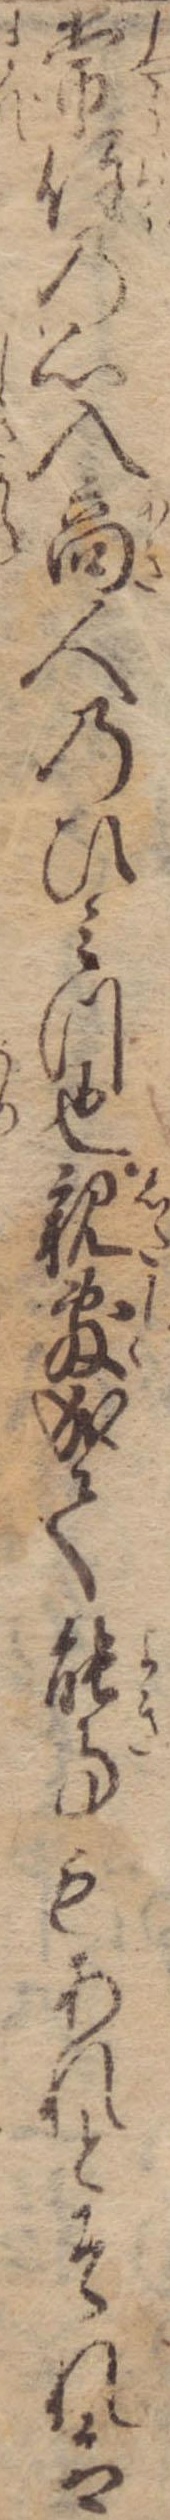
常住の心入商人のひみつ也親敷成て能事もあれとそれは